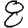
Digit: 8